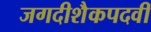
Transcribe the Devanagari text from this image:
जगदीशैकपदवीं